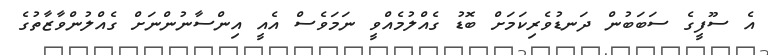
އެ ސޫފީގެ ސަބަބުން ދަނޑުވެރިކަމަށް ބޮޑު ގެއްލުމެއްވީ ނަމަވެސް އެއީ އިންސާނުންނަށް ގެއްލުންވާޒާތުގެ